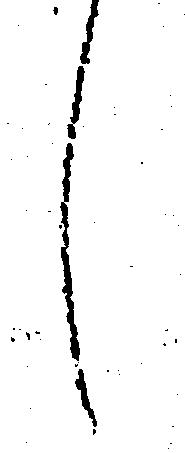
し